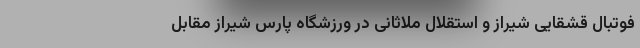
فوتبال قشقایی شیراز و استقلال ملاثانی در ورزشگاه پارس شیراز مقابل